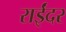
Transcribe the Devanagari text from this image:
राईंदर